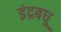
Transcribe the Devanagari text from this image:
इंद्रबधू